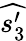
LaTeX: \widehat{s_{3}^{\prime}}